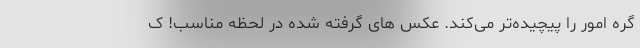
گره امور را پیچیده‌تر می‌کند. عکس ‌های گرفته شده در لحظه مناسب! ک